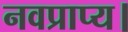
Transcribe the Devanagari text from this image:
नवप्राप्य।